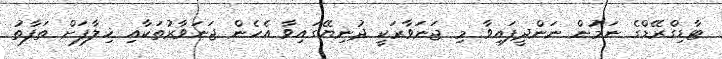
ޓާޑިގްރޭޑްގެ ނަމުން ނަންދީފައިވާ މި ޖަނަވާރަކީ ދުނިޔޭގައިވާ އެހެން ޖަނަވާރުތަކާއި ޚިލާފަށް ތަފާތު